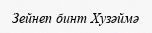
Зейнеп бинт Хузәймә